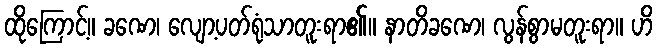
ထိုကြောင့်။ ခဏေ၊ လျော့ပတ်ရုံသာတူးရာ၏။ နာတိခဏေ၊ လွန်စွာမတူးရာ။ ဟိ